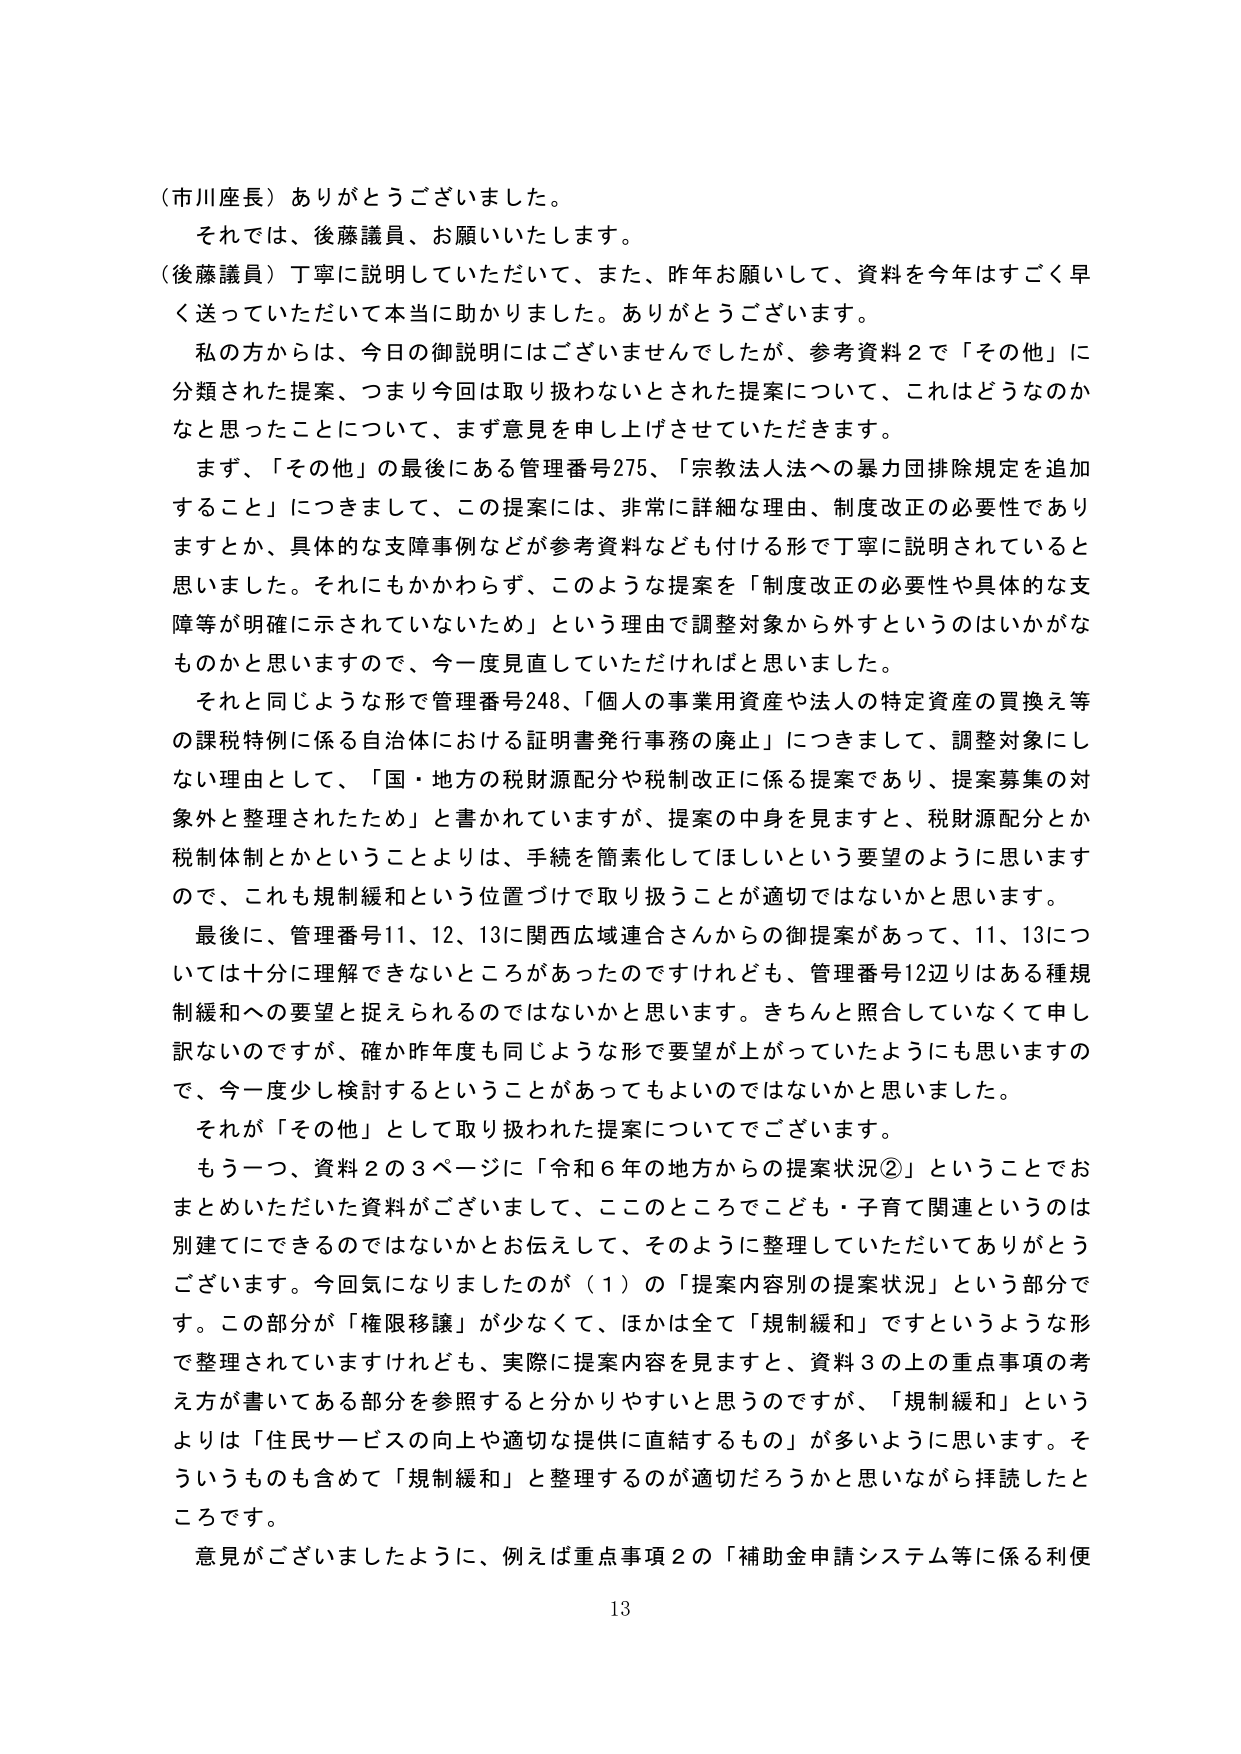
（市川座長）ありがとうございました。

それでは、後藤議員、お願いいたします。

（後藤議員）丁寧に説明していただいて、また、昨年お願いして、資料を今年はすごく早く送っていただいて本当に助かりました。ありがとうございます。

私の方からは、今日の御説明にはございませんでしたが、参考資料２で「その他」に分類された提案、つまり今回は取り扱わないとされた提案について、これはどうなのかなと思ったことについて、まず意見を申し上げさせていただきます。

まず、「その他」の最後にある管理番号275、「宗教法人への暴力団排除規定を追加すること」につきまして、この提案には、非常に詳細な理由、制度改正の必要性でありますとか、具体的な支障事例などが参考資料なども付ける形で丁寧に説明されていると思いました。それにもかかわらず、このような提案を「制度改正の必要性や具体的な支障等が明確に示されていないため」という理由で調整対象から外すというのはいかがなものかと思いますので、今一度見直していただければと思いました。

それと同じような形で管理番号248、「個人の事業用資産や法人の特定資産の買換え等の課税特例に係る自治体における証明書発行事務の廃止」につきまして、調整対象にしない理由として、「国・地方の税財源配分や税制改正に係る提案であり、提案募集の対象外と整理されたため」と書かれていますが、提案の中身を見ますと、税財源配分とか税制体制とかということよりは、手続を簡素化してほしいという要望のように思いますので、これも規制緩和という位置づけで取り扱うことが適切ではないかと思います。

最後に、管理番号11、12、13に関西広域連合さんからの御提案があって、11、13については十分に理解できないところがあったのですけれども、管理番号12辺りはある種規制緩和への要望と捉えられるのではないかと思います。きちんと照合していなくて申し訳ないのですが、確か昨年度も同じような形で要望が上がっていたようにも思いますので、今一度少し検討するということがあってもよいのではないかと思いました。

それが「その他」として取り扱われた提案についてでございます。

もう一つ、資料２の３ページに「令和６年の地方からの提案状況②」ということでおまとめいただいた資料がございまして、このところでこども・子育て関連というのは別建てにできるのではないかとお伝えして、そのように整理していただいてありがとうございます。今回気になりましたのが（１）の「提案内容別の提案状況」という部分です。この部分が「権限移譲」が少なくて、ほかは全て「規制緩和」ですというような形で整理されていますけれども、実際に提案内容を見ますと、資料３の上の重点事項の考え方が書いてある部分を参照すると分かりやすいと思うのですが、「規制緩和」というよりは「住民サービスの向上や適切な提供に直結するもの」が多いように思います。そういうものも含めて「規制緩和」と整理するのが適切だろうかと思いながら拝読したところです。

意見がございましたように、例えば重点事項２の「補助金申請システム等に係る利便

13